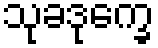
သုခဒုက္ခေ